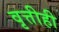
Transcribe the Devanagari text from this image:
वृत्तीही